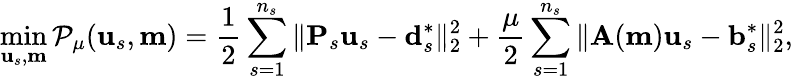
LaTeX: \operatorname*{min}_{\mathbf{u}_{s},\mathbf{m}}\mathcal{P}_{\mu}(\mathbf{u}_{s},\mathbf{m})=\frac{1}{2}\sum_{s=1}^{n_{s}}\| \mathbf{P}_{s}\mathbf{u}_{s}-\mathbf{d}_{s}^{*}\| _{2}^{2}+\frac{\mu}{2}\sum_{s=1}^{n_{s}}\| \mathbf{A}(\mathbf{m})\mathbf{u}_{s}-\mathbf{b}_{s}^{*}\| _{2}^{2},